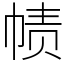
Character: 帻